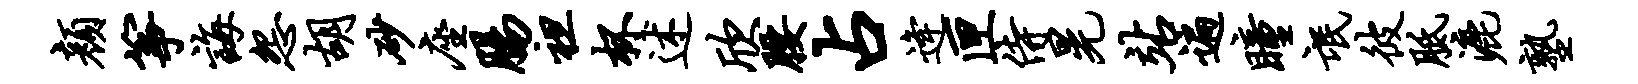
颜筝诲怨胡砂座肠袒杯述欣腰占逄匣侍晃站遍瞳氓彼胝漉塾